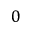
0